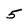
Character: 5